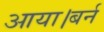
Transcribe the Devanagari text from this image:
आया।बर्न